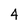
Character: 4